65_HS1-834228961_62-HQ-83894_SUB_A
Agency: FBI
Page 103
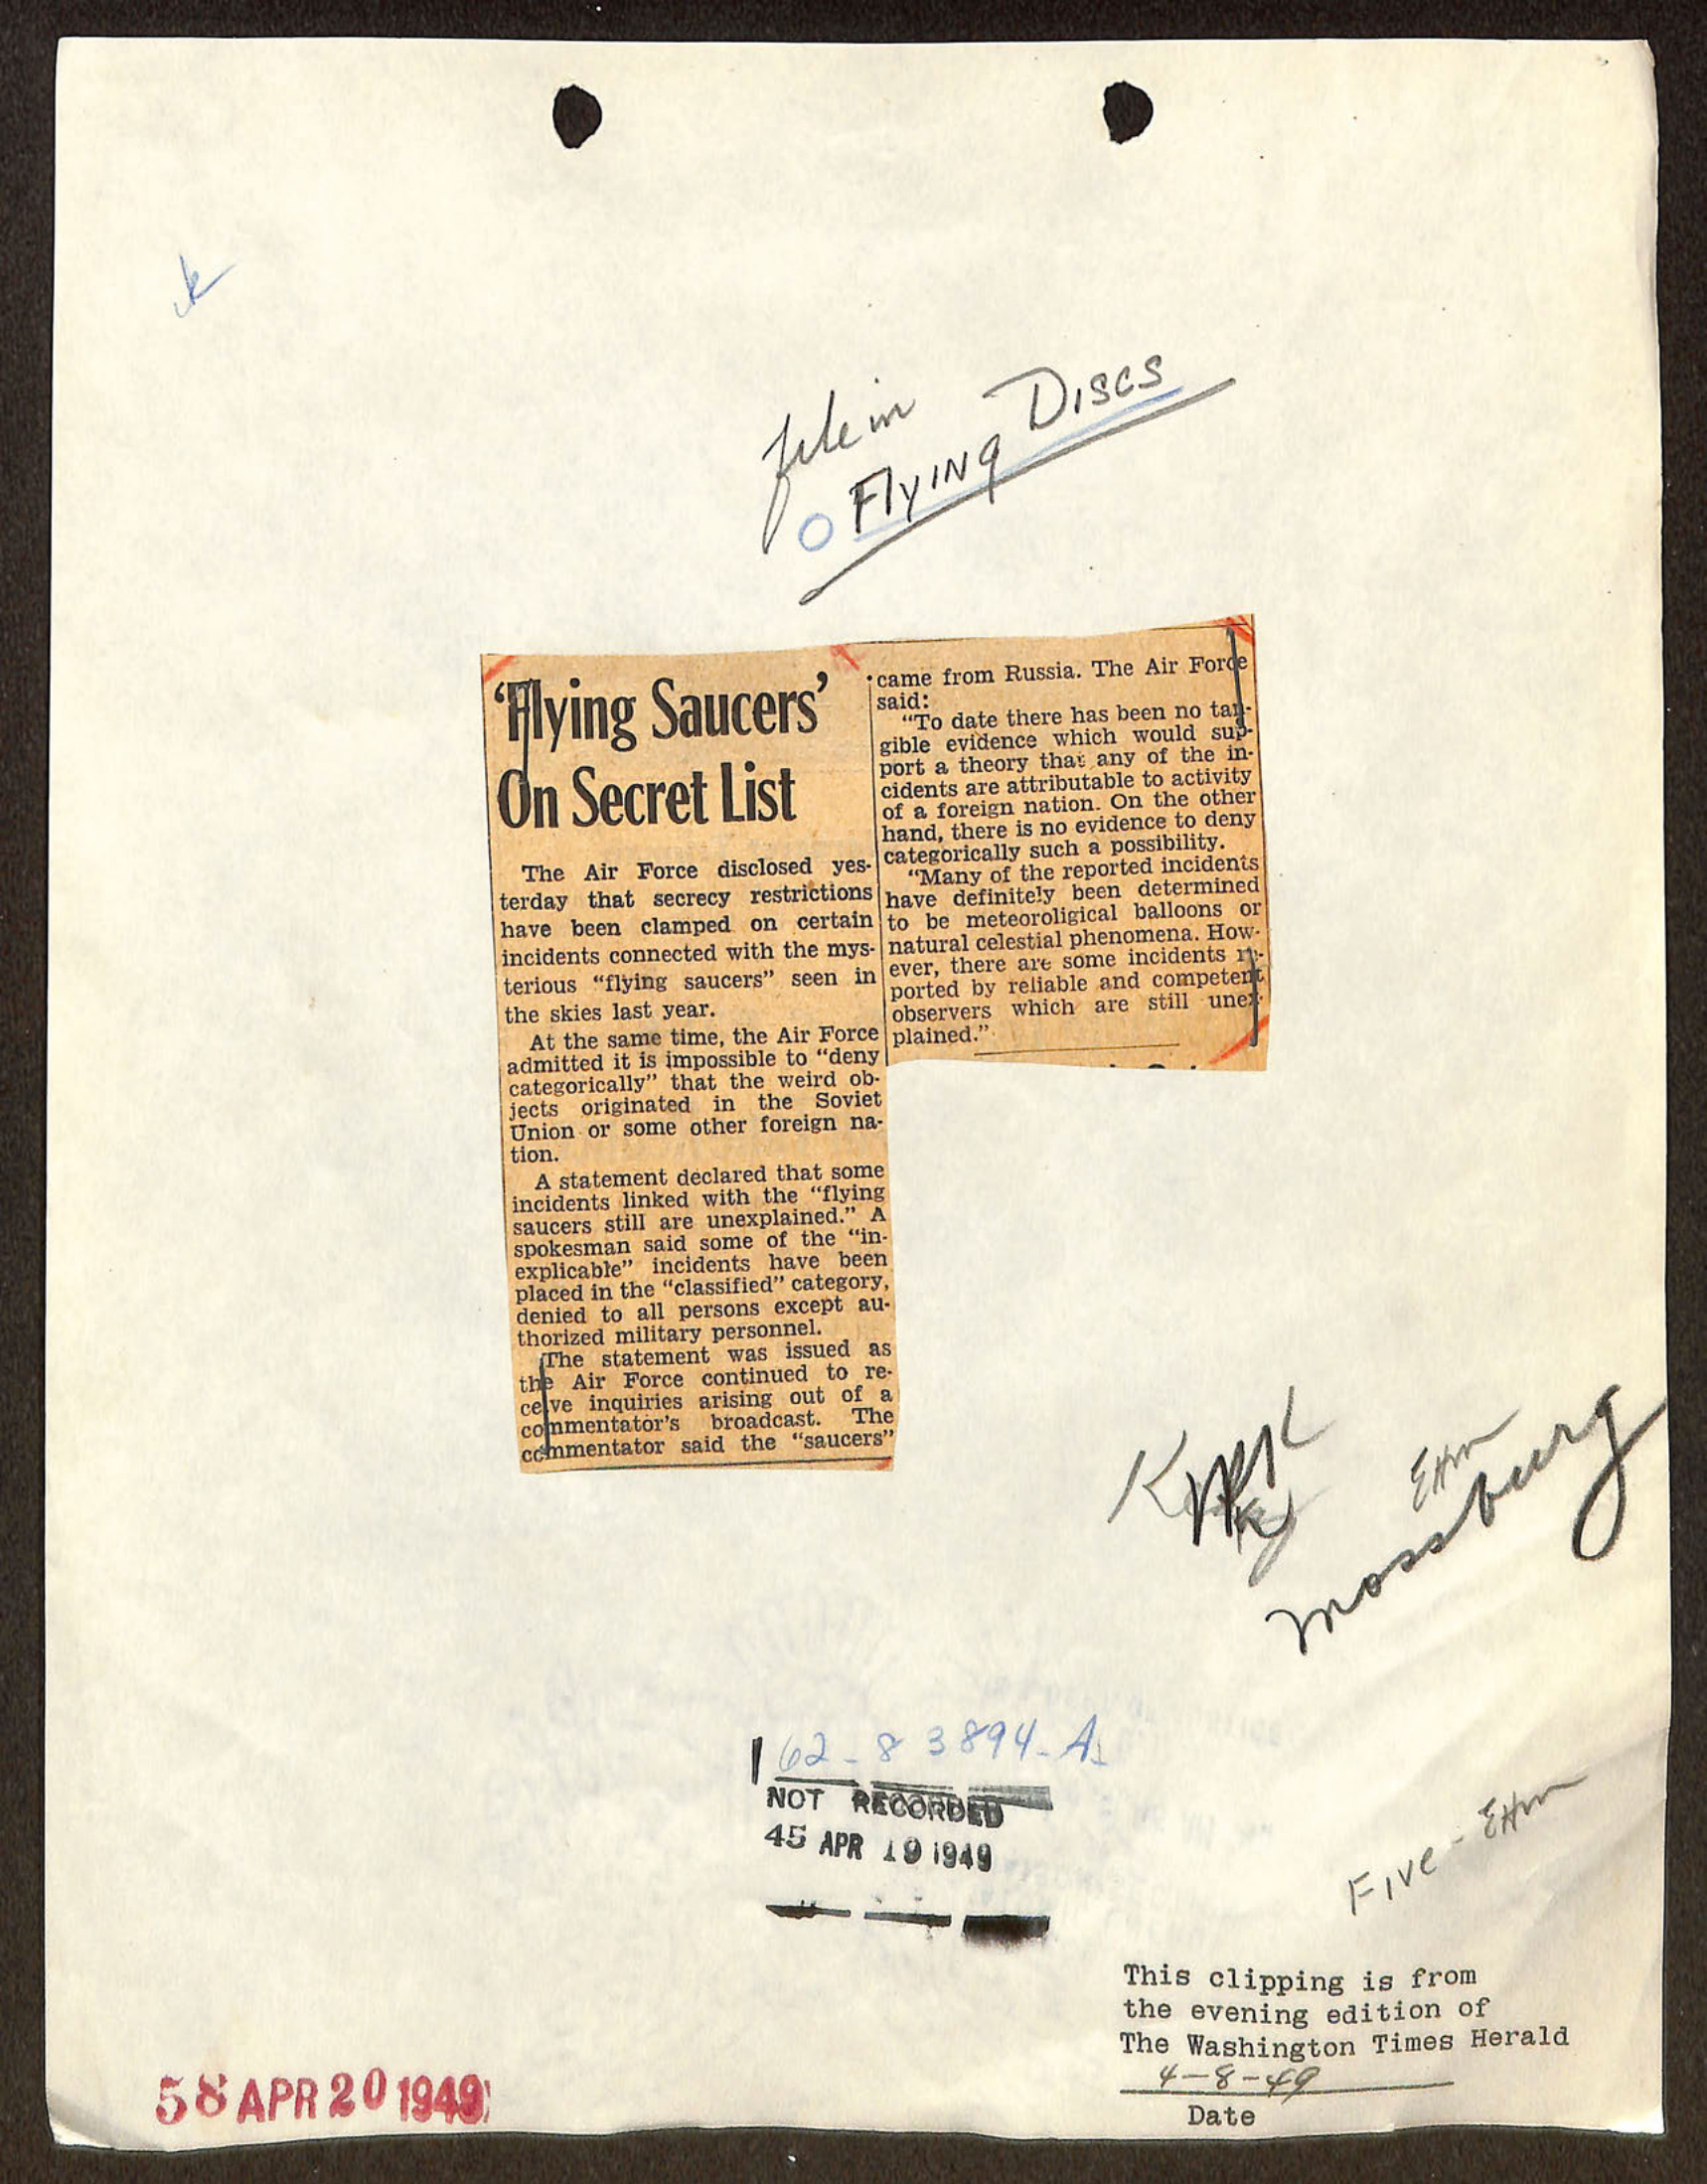